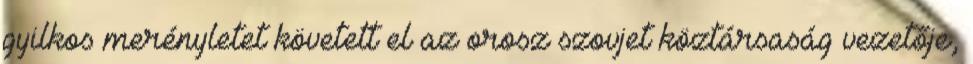
gyilkos merényletet követett el az orosz szovjet köztársaság vezetője,